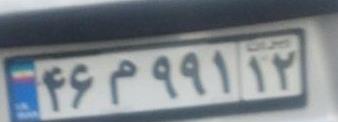
۴۶م۹۹۱۱۲